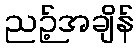
ညဉ့်အချိန်